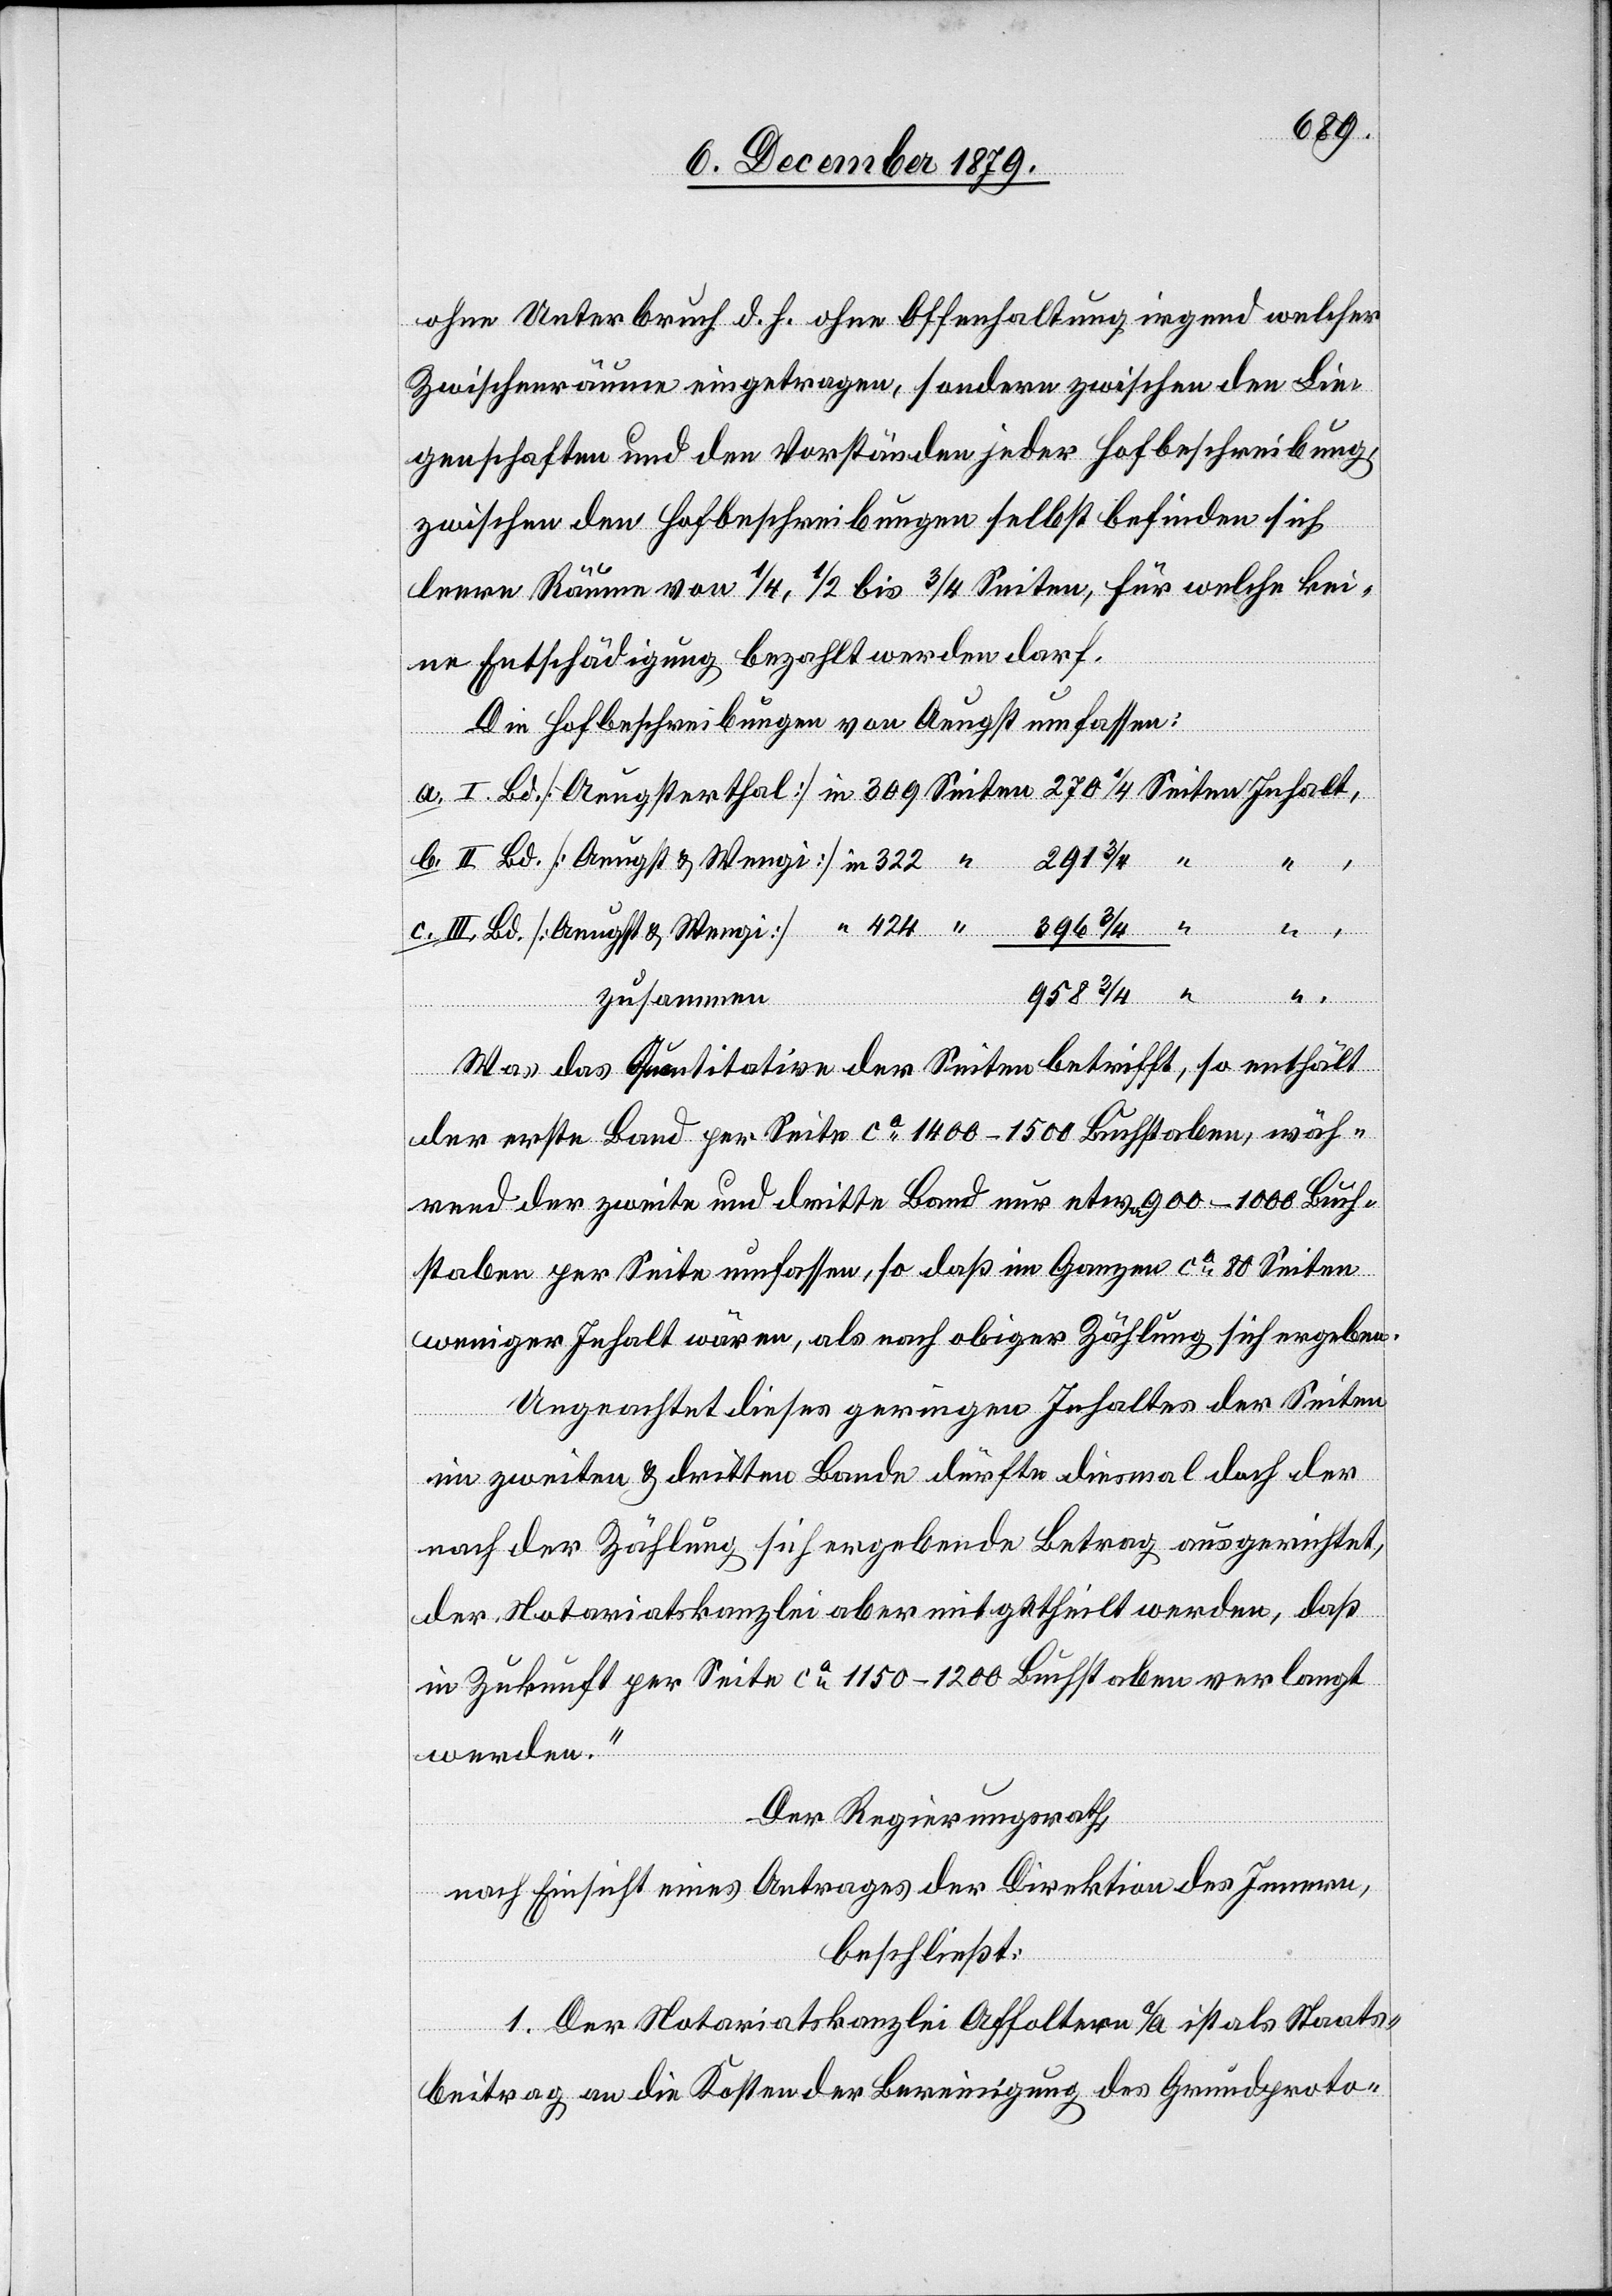
ohne Unterbruch d. h. ohne Offenhaltung irgend welcher
Zwischenräume eingetragen, sondern zwischen den Lie¬
genschaften und den Vorständen jeder Hofbeschreibung,
zwischen den Hofbeschreibungen selbst befinden sich
leere Räume von 1/4, 1/2 bis 3/4 Seiten, für welche kei¬
ne Entschädigung bezahlt werden darf.
Die Hofbeschreibungen von Aeugst umfassen:
Wengi]
958 3/4
zusammen
Was das Quantitative der Seiten betrifft, so enthält
“
der erste Band per Seite ca 1400–1500 Buchstaben, wäh¬
rend der zweite und dritte Band nur etwa 900–1000 Buch¬
staben per Seite umfassen, so daß im Ganzen ca 80 Seiten
weniger Inhalt wären, als nach obiger Zählung sich ergeben.
Ungeachtet dieses geringen Inhaltes der Seiten
im zweiten & dritten Bande dürften diesmal doch der
nach der Zählung sich ergebende Betrag ausgerichtet,
der Notariatskanzlei aber mitgetheilt werden, [„]daß
in Zukunft per Seite ca 1150–1200 Buchstaben verlangt
werden.“
424
Der Regierungsrath,
nach Einsicht eines Antrages der Direktion des Innern,
beschließt:
1. Der Notariatskanzlei Affoltern a/A ist als Staats¬
beitrag an die Kosten der Bereinigung des Grundproto-